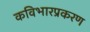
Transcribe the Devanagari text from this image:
कविभारप्रकरण